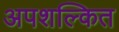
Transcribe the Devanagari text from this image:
अपशल्कित